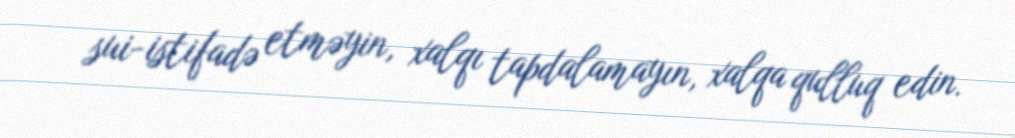
sui-istifadə etməyin, xalqı tapdalamayın, xalqa qulluq edin.